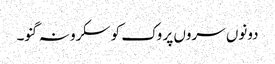
دونوں سروں پر وک کو سکرو نہ گنو۔